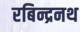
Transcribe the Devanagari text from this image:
रबिन्द्रनथ